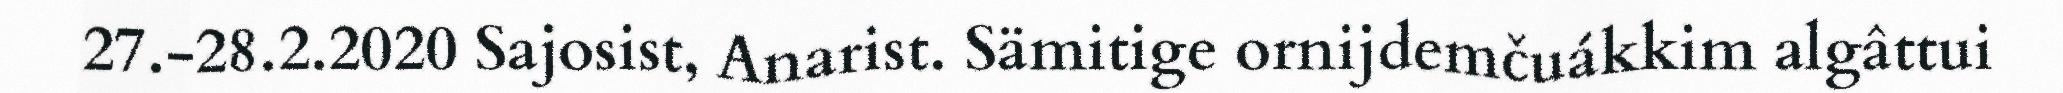
27.-28.2.2020 Sajosist, Anarist. Sämitige ornijdemčuákkim algâttui